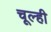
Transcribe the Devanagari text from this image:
चूल्ही